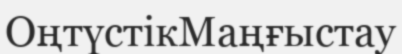
ОңтүстікМаңғыстау